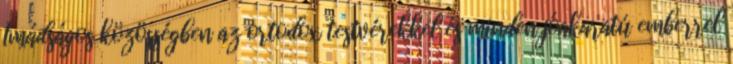
Imádságos közösségben az ortodox testvérekkel és minden jóakaratú emberrel